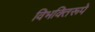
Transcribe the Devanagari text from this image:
विभक्तिरूपे